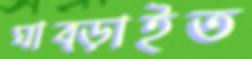
ঘাব্‌ড়াইত